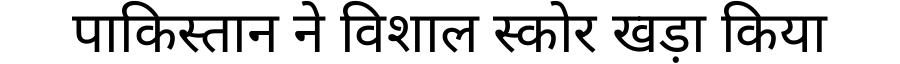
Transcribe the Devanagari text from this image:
पाकिस्तान ने विशाल स्कोर खड़ा किया